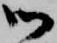
御